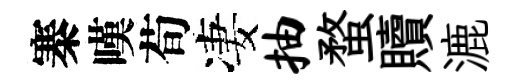
寨嘆荀凄抽蝥贖漉